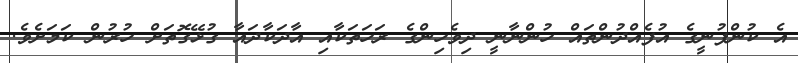
އެ ކުންފުނީގެ އުފެއްދުންތައް ހުންނާނީ ދިވެހިންގެ ރަހަތަކާއި އާދަކާދައާ ގުޅޭގޮތަށް ހުރުން ކަމަށެވެ.